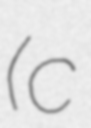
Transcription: (c